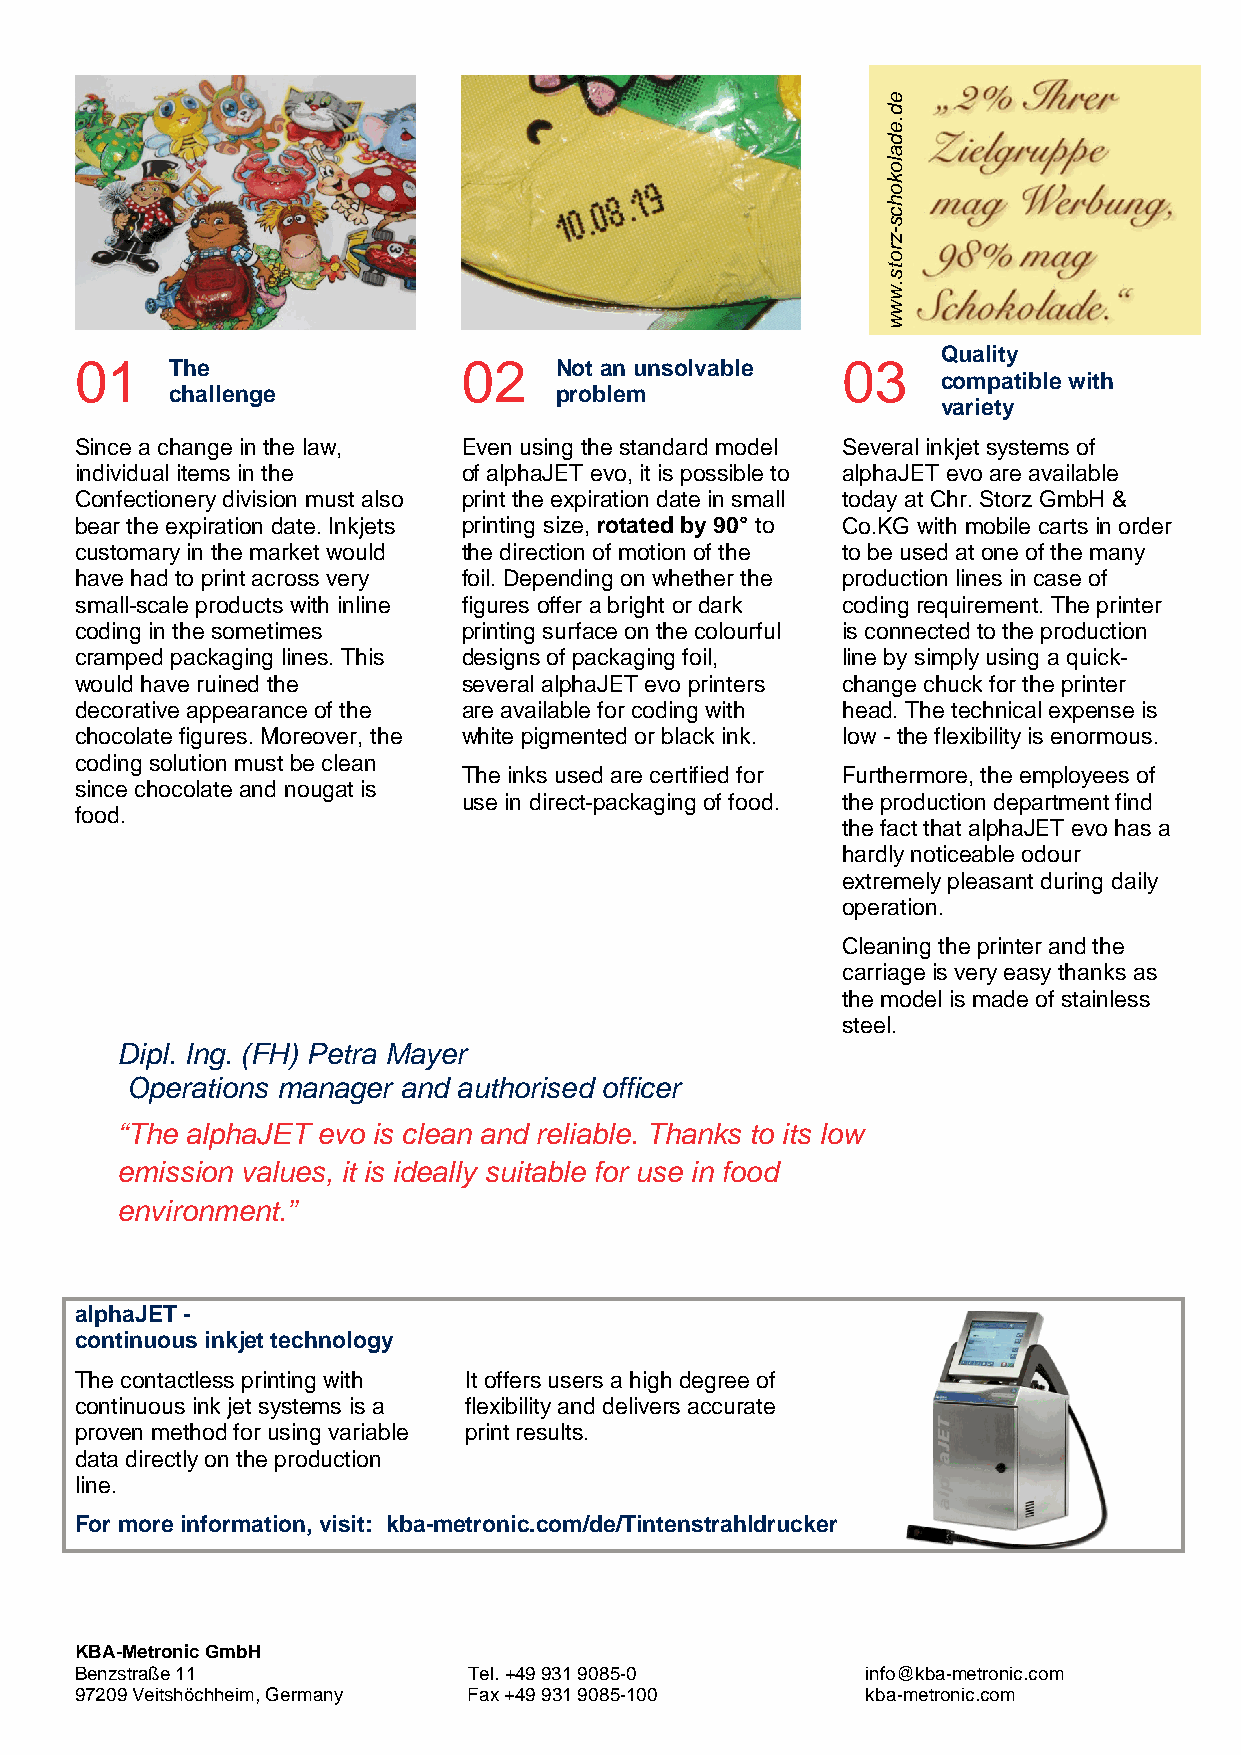
Quality
 01    The                 02    Not an unsolvable  03
 compatible with
 challenge                 problem
 variety
 Since a change in the law, Even using the standard model Several inkjet systems of
 individual items in the   of alphaJET evo, it is possible to alphaJET evo are available
 Confectionery division must also print the expiration date in small today at Chr. Storz GmbH &
 bear the expiration date. Inkjets printing size, rotated by 90° to Co.KG with mobile carts in order
 customary in the market would the direction of motion of the to be used at one of the many
 have had to print across very foil. Depending on whether the production lines in case of
 small-scale products with inline figures offer a bright or dark coding requirement. The printer
 coding in the sometimes   printing surface on the colourful is connected to the production
 cramped packaging lines. This designs of packaging foil, line by simply using a quick-
 would have ruined the     several alphaJET evo printers change chuck for the printer
 decorative appearance of the are available for coding with head. The technical expense is
 chocolate figures. Moreover, the white pigmented or black ink. low - the flexibility is enormous.
 coding solution must be clean
 The inks used are certified for Furthermore, the employees of
 since chocolate and nougat is
 use in direct-packaging of food. the production department find
 food.
 the fact that alphaJET evo has a
 hardly noticeable odour
 extremely pleasant during daily
 operation.
 Cleaning the printer and the
 carriage is very easy thanks as
 the model is made of stainless
 steel.
 Dipl. Ing. (FH) Petra Mayer
 Operations manager and authorised officer
 “The alphaJET evo is clean and reliable. Thanks to its low
 emission values, it is ideally suitable for use in food
 environment.”
 alphaJET -
 continuous inkjet technology
 The contactless printing with It offers users a high degree of
 continuous ink jet systems is a flexibility and delivers accurate
 proven method for using variable print results.
 data directly on the production
 line.
 For more information, visit: kba-metronic.com/de/Tintenstrahldrucker
 KBA-Metronic GmbH
 Benzstraße 11             Tel. +49 931 9085-0       info@kba-metronic.com
 97209 Veitshöchheim, Germany Fax +49 931 9085-100   kba-metronic.com
 ed.edalokohcs-zrots.www